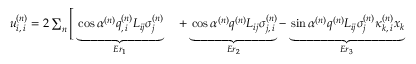
\begin{array} { r l } { u _ { i , \, i } ^ { ( n ) } = 2 \sum _ { n } \Bigg [ \underbrace { \cos \alpha ^ { ( n ) } q _ { , \, i } ^ { ( n ) } L _ { i j } \sigma _ { j } ^ { ( n ) } } _ { E r _ { 1 } } } & { { } + \underbrace { \cos \alpha ^ { ( n ) } q ^ { ( n ) } L _ { i j } \sigma _ { j , \, i } ^ { ( n ) } } _ { E r _ { 2 } } - \underbrace { \sin \alpha ^ { ( n ) } q ^ { ( n ) } L _ { i j } \sigma _ { j } ^ { ( n ) } \kappa _ { k , \, i } ^ { ( n ) } x _ { k } } _ { E r _ { 3 } } } \end{array}